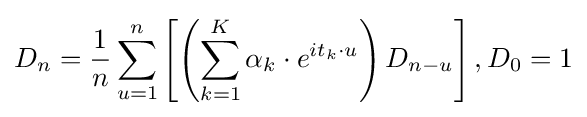
D_{n}={\frac {1}{n}}\sum \limits _{u=1}^{n}\left[\left(\sum \limits _{k=1}^{K}\alpha _{k}\cdot {e}^{it_{k}\cdot u}\right)D_{n-u}\right],D_{0}=1